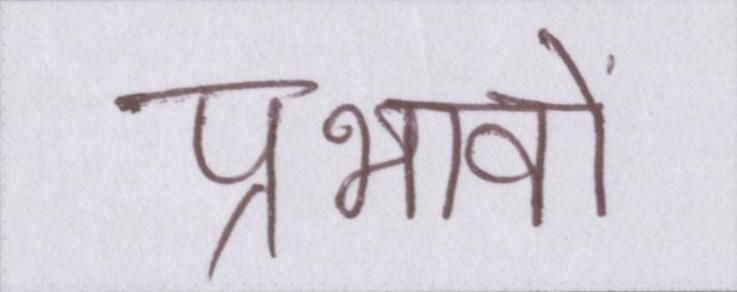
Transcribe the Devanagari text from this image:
प्रभावों